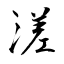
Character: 溠